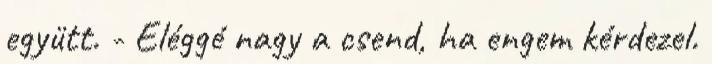
együtt. - Eléggé nagy a csend, ha engem kérdezel.